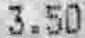
3.50